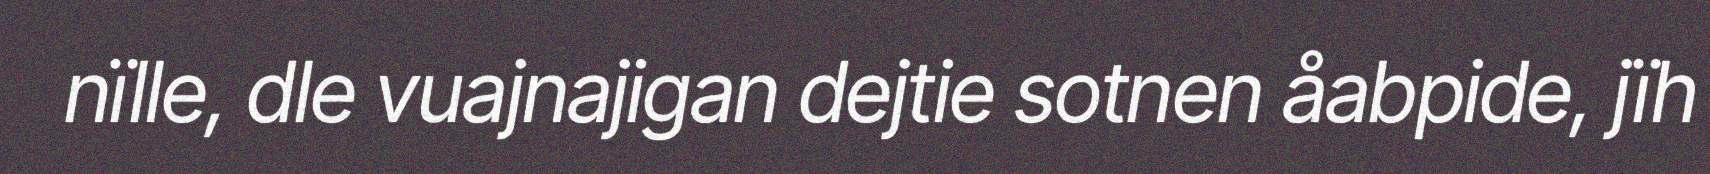
nïlle, dle vuajnajigan dejtie sotnen åabpide, jïh